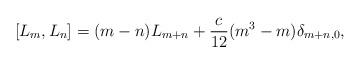
LaTeX: \begin{align*}[L_{m},L_{n}]=(m-n)L_{m+n}+\frac{c}{12}(m^{3}-m)\delta_{m+n,0},\end{align*}